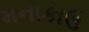
મનાકાઉ